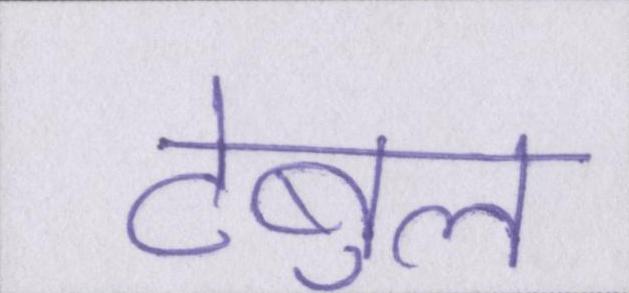
टेबुल